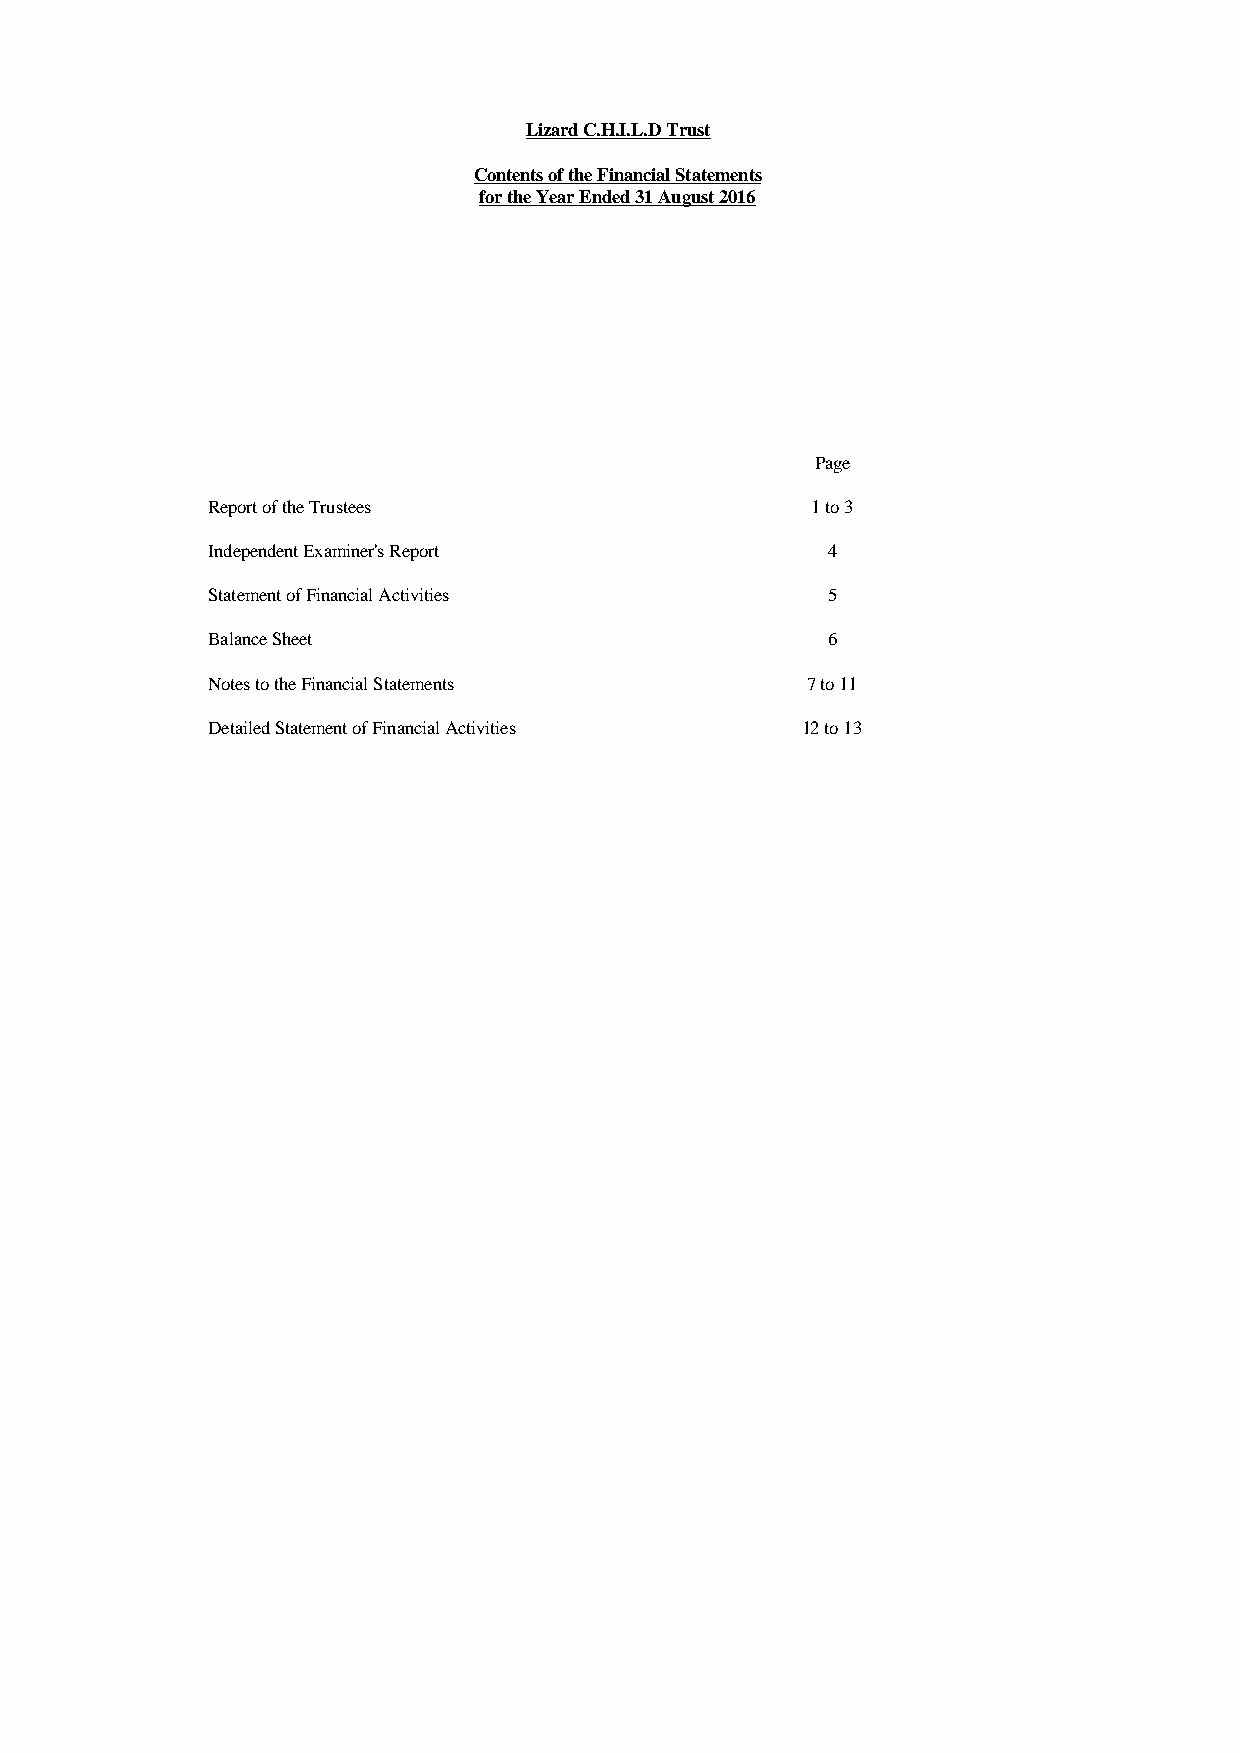
Lizard C.H.I.L.D Trust
 Contents of the Financial Statements
 for the Year Ended 31 August 2016
 Page
 Report of the Trustees                  1 to 3
 Independent Examiner's Report            4
 Statement of Financial Activities        5
 Balance Sheet                            6
 Notes to the Financial Statements      7 to 11
 Detailed Statement of Financial Activities 12 to 13